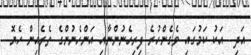
އަދި  އަކު ކަމުގައި ވެގެންހުރެ ފިރިހެނުންނާއި އަންހެނުންގެ ތެރެއިން ހެޔޮ